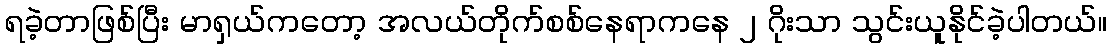
ရခဲ့တာဖြစ်ပြီး မာရှယ်ကတော့ အလယ်တိုက်စစ်နေရာကနေ ၂ ဂိုးသာ သွင်းယူနိုင်ခဲ့ပါတယ်။